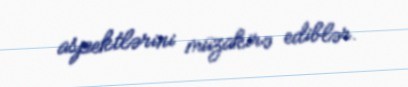
aspektlərini müzakirə ediblər.